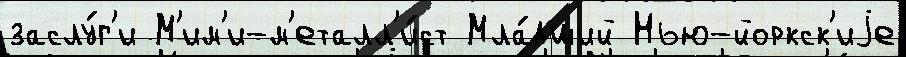
заслу́г'и М'им'и-м'еталл'и́ст Мла́дший Нью-йоркск'иjе